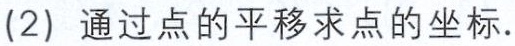
(2) 通过点的平移求点的坐标.